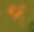
প